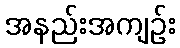
အနည်းအကျဉ်း